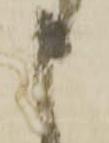
申